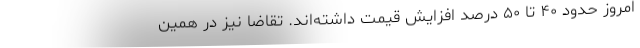
امروز حدود ۴۰ تا ۵۰ درصد افزایش قیمت داشته‌اند. تقاضا نیز در همین